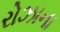
રોઝાના